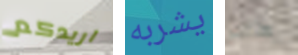
اريدكم يشربه هناك